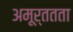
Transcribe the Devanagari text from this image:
अमूर्ततता